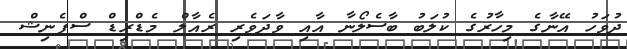
ދުވަހު އޭނާގެ މިހާރުގެ ކުލަބު ބާސެލޯނާ އާއި ވާދަވެރި ރެއާލް މެޑްރިޑް ސްޕެނިޝް